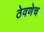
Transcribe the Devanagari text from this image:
ठेवणेच